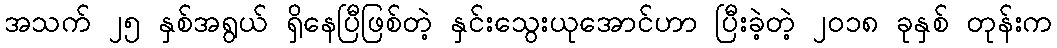
အသက် ၂၅ နှစ်အရွယ် ရှိနေပြီဖြစ်တဲ့ နှင်းသွေးယုအောင်ဟာ ပြီးခဲ့တဲ့ ၂၀၁၈ ခုနှစ် တုန်းက